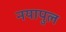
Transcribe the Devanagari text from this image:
नयापुल